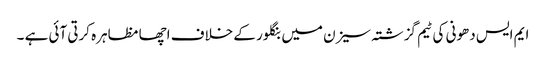
ایم ایس دھونی کی ٹیم گزشتہ سیزن میں بنگلور کے خلاف اچھا مظاہرہ کرتی آئی ہے ۔